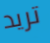
تريد